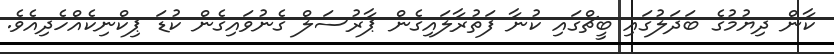
ކާން ދިޔުމުގެ ބަދަލުގައި ބީޗްގައި ކުނާ ފަތުރާލައިގެން ޕާރުސަލް ގެނުވައިގެން ކުޑަ ޕިކްނިކެއްހެދިއެވެ.